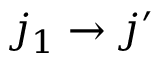
j _ { 1 } \rightarrow j ^ { \prime }